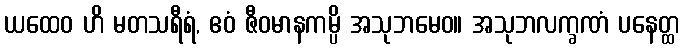
ယထေဝ ဟိ မတသရီရံ, ဧဝံ ဇီဝမာနကမ္ပိ အသုဘမေဝ။ အသုဘလက္ခဏံ ပနေတ္ထ